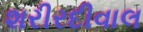
શરીરદીવાલ